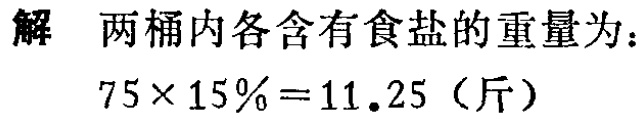
解 两桶内各含有食盐的重量为：

\(75\times 15\% = 11.25\)（斤）